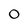
Character: O